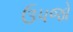
ઉપજો